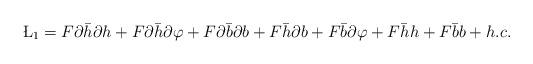
LaTeX: \begin{align*}\L_1=F\partial \bar h \partial h+F\partial \bar h \partial\varphi+F\partial \bar b\partial b +F\bar h\partial b + F\bar b\partial\varphi+F\bar h h+F\bar b b +h.c.\end{align*}